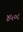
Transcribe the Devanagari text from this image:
४५०८